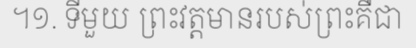
។១. ទីមួយ ព្រះវត្តមានរបស់ព្រះគឺជា